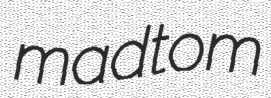
madtom